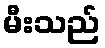
မီးသည်